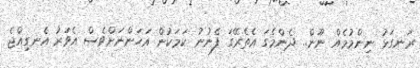
ރަނގަޅު ނިންމުމެއް ނޫން.. ދެންމެގަ އެތެރޭގަ ފެނުނު ކަމަކުން އަހަންނަށްވެސް އެވަރު އެނގިއްޖެ